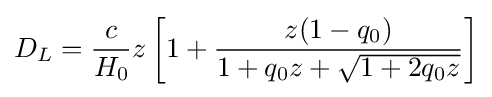
D_{L}={\frac {c}{H_{0}}}z\left[1+{\frac {z(1-q_{0})}{1+q_{0}z+{\sqrt {1+2q_{0}z}}}}\right]